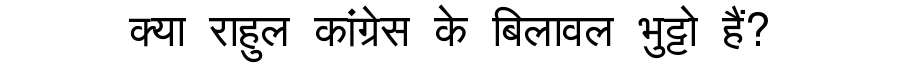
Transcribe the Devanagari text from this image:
क्या राहुल कांग्रेस के बिलावल भुट्टो हैं?